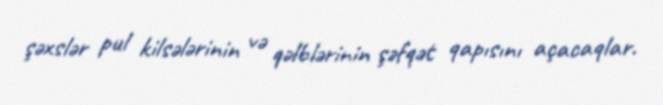
şəxslər pul kilsələrinin və qəlblərinin şəfqət qapısını açacaqlar.